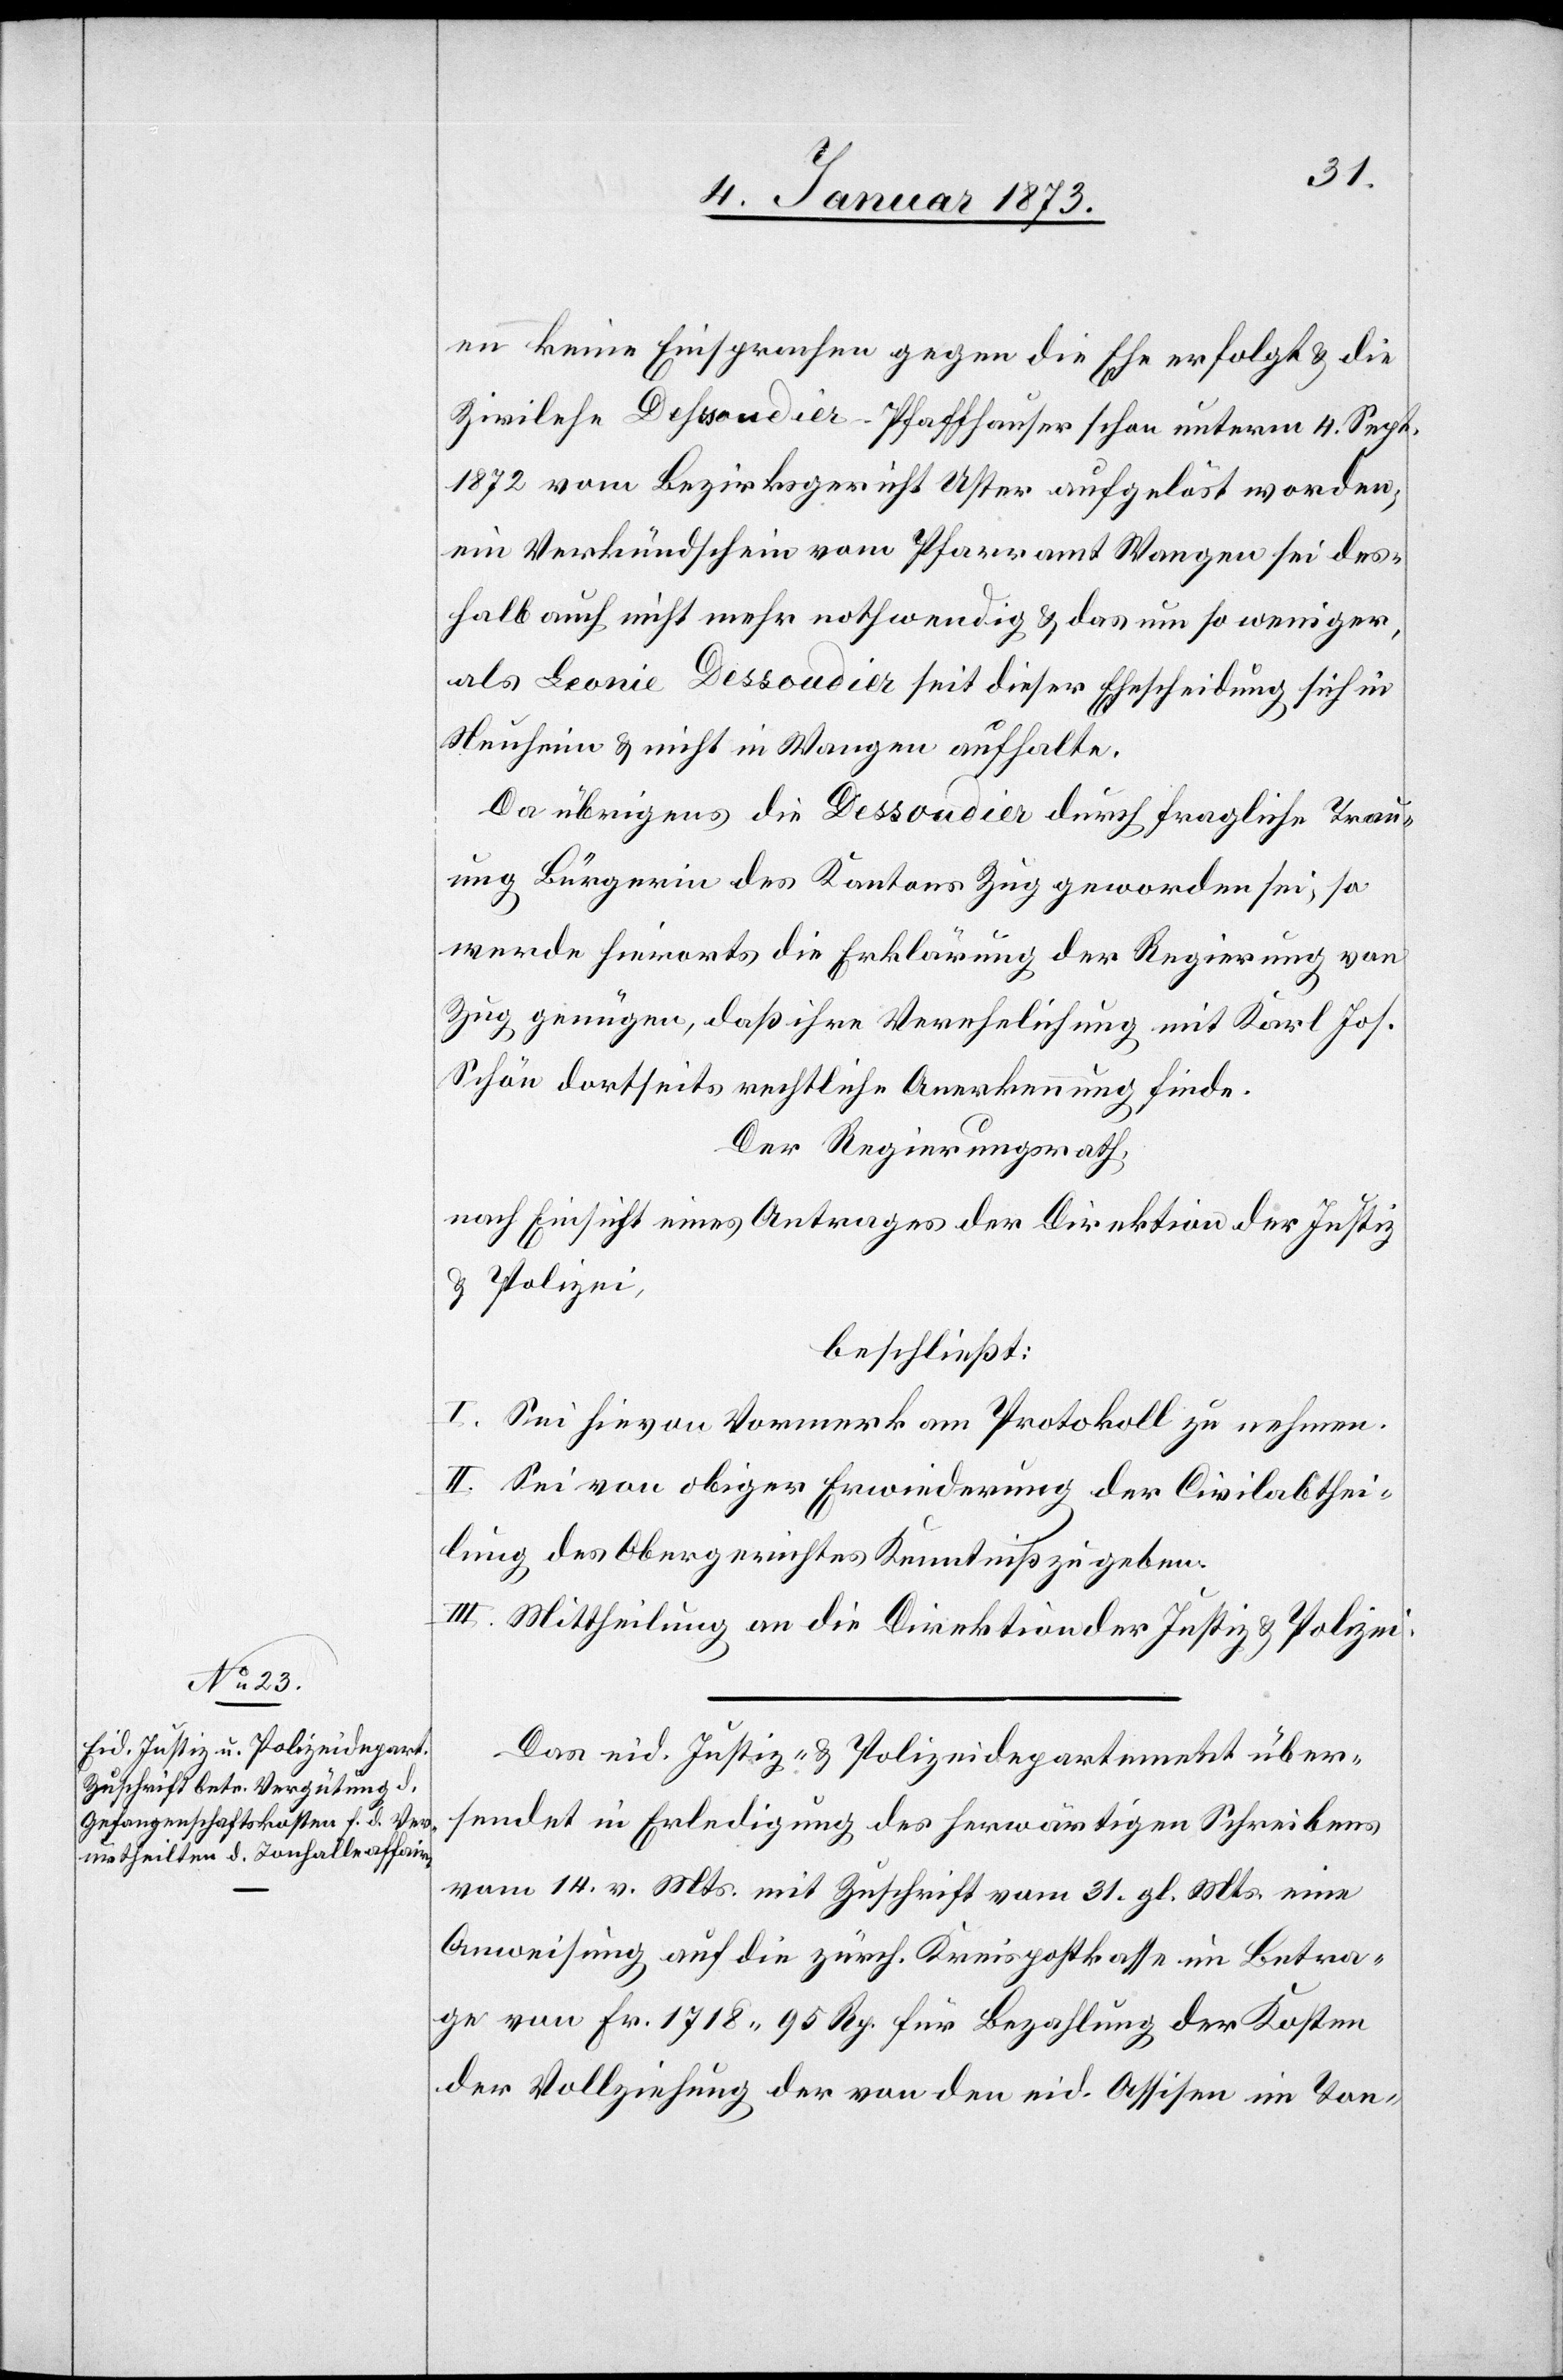
en keine Einsprachen gegen die Ehe erfolgt & die
Zivilehe Dehssoudier[sic!]-Pfaffhauser schon unterm 4. Sept.
1872 vom Bezirksgericht Olten aufgelöst worden,
ein Verkündschein vom Pfarramt Wangen sei des¬
halb auch nicht mehr nothwendig & das um so weniger,
als Leonie Dessoudier seit dieser Ehescheidung sich in
Neuheim & nicht in Wangen aufhalte.
Da übrigens die Dessoudier durch fragliche Trau¬
ung Bürgerin des Kantons Zug geworden sei, so
werde hierorts die Erklärung der Regierung von
Zug genügen, daß ihre Verehelichung mit Karl Joh.
Schön dortseits rechtliche Anerkennung finde.
Der Regierungsrath,
nach Einsicht eines Antrages der Direktion der Justiz
& Polizei,
beschließt:
I. Sei hieran Vormerk am Protokoll zu nehmen.
II. Sei von obiger Erwiederung der Civilabthei¬
lung des Obergerichtes Kenntniß zu geben.
III. Mittheilung an die Direktion der Justiz & Polizei.
Das eid. Justiz- & Polizeidepartement über¬
sendet in Erledigung des herwärtigen Schreibens
vom 14. v. Mts. mit Zuschrift vom 31. gl. Mts eine
Anweisung auf die zürch. Kreispostkasse im Betra¬
ge von Fr. 1718 - 97 Rp. für Bezahlung der Kosten
der Vollziehung der von den eid. Assisen im Ton-